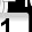
Digit: 1